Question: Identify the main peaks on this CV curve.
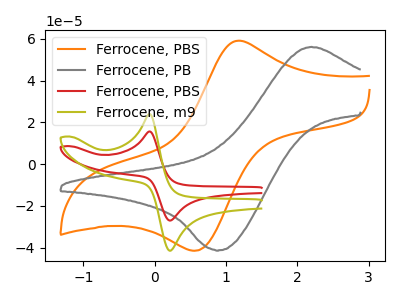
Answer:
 <answer>The orange curve "Ferrocene, PBS" has an anodic peak at (1.15V, 59.05uA) and a cathodic peak at (0.60V, -41.50uA). The gray curve "Ferrocene, PB" has an anodic peak at (2.20V, 56.15uA) and a cathodic peak at (0.90V, -41.25uA). The red curve "Ferrocene, PBS" has an anodic peak at (-0.05V, 15.65uA) and a cathodic peak at (0.20V, -27.00uA). The olive curve "Ferrocene, m9" has an anodic peak at (-0.05V, 24.00uA) and a cathodic peak at (0.20V, -41.45uA).</answer>
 <eval></eval>